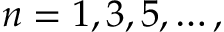
n = 1 , 3 , 5 , \dots ,